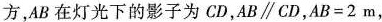
方，AB在灯光下的影子为CD，AB\parallel CD，$$A B = 2$$m，